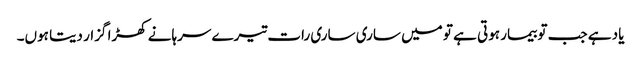
یاد ہے جب تو بیمار ہوتی ہے تو میں ساری ساری رات تیرے سرہانے کھڑا گزار دیتا ہوں۔